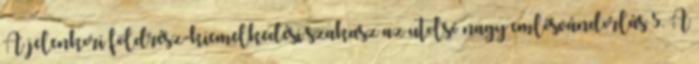
A jelenkori földrész-kiemelkedési szakasz—az utolsó nagy emlősvándorlás 5. A